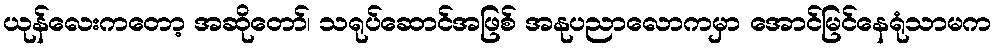
ယုန်လေးကတော့ အဆိုတော်၊ သရုပ်ဆောင်အဖြစ် အနုပညာလောကမှာ အောင်မြင်နေရုံသာမက